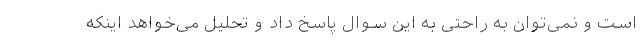
است و نمی‌توان به راحتی به این سوال پاسخ داد و تحلیل می‌خواهد اینکه